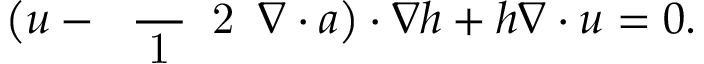
\big ( \boldsymbol { u } - \mathrm { ~ \scriptsize ~ \frac ~ { ~ 1 ~ } ~ { ~ 2 ~ } ~ } \boldsymbol { \nabla } \boldsymbol { \cdot } \boldsymbol { a } \big ) \boldsymbol { \cdot } \boldsymbol { \nabla } h + h \boldsymbol { \nabla } \boldsymbol { \cdot } \boldsymbol { u } = 0 .